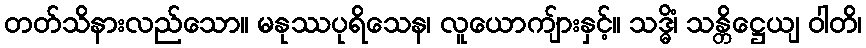
တတ်သိနားလည်သော။ မနုဿပုရိသေန၊ လူယောကျ်ားနှင့်။ သဒ္ဓိံ၊ သန္တိဋ္ဌေယျ ဝါတိ၊